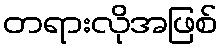
တရားလိုအဖြစ်